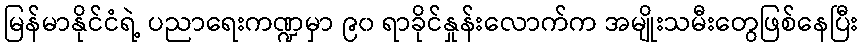
မြန်မာနိုင်ငံရဲ့ ပညာရေးကဏ္ဍမှာ ၉၀ ရာခိုင်နှုန်းလောက်က အမျိုးသမီးတွေဖြစ်နေပြီး